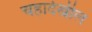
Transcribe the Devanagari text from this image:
चहादेखील